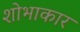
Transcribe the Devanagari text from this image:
शोभाकार